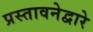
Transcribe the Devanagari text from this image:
प्रस्तावनेद्वारे